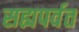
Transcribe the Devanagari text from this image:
सह्यपर्वत